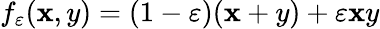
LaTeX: f_{\varepsilon}(\mathbf{x},y)=(1-\varepsilon)(\mathbf{x}+y)+\varepsilon\mathbf{x}y